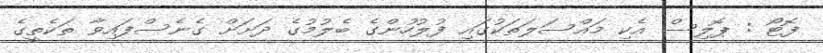
ފޮޓޯ : ޕޮލިސް އެކި މައްސަލަތަކުގައި ފުލުހުންގެ ބެލުމުގެ ދަށަށް ގެނެސްފައިވާ ތަކެތީގެ